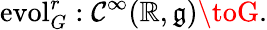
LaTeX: \operatorname{evol}_{G}^{r}:\mathcal{C}^{\infty}(\mathbb{{R}},{\mathfrak{{g}}})\toG.